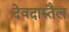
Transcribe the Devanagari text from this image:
देवदारुतैल